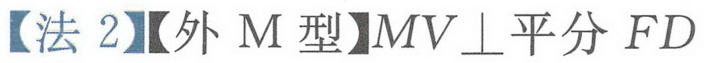
【法2】【外M型】$MV\perp$平分$FD$